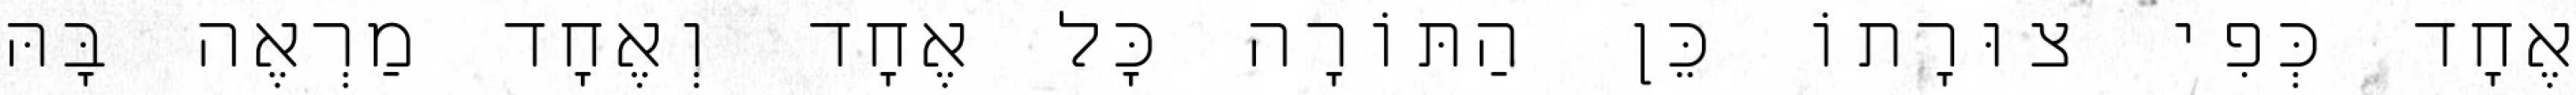
אֶחָד כְּפִי צוּרָתוֹ כֵּן הַתּוֹרָה כׇּל אֶחָד וְאֶחָד מַרְאֶה בָּהּ